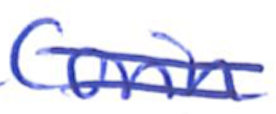
Text: Corin
Cross-out: double-line
Writing tool: ballpoint